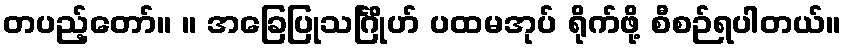
တပည့်တော်။ ။ အခြေပြုသင်္ဂြိုဟ် ပထမအုပ် ရိုက်ဖို့ စီစဉ်ရပါတယ်။